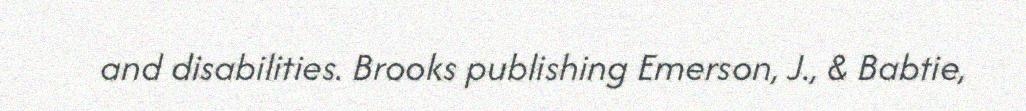
and disabilities. Brooks publishing Emerson, J., & Babtie,